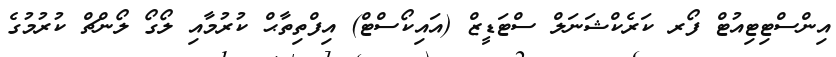
އިންސްޓިޓިއުޓް ފޯރ ކަރެކްޝަނަލް ސްޓަޑީޒް (އައިކޯސްޓް) އިފްތިތާޙް ކުރުމާއި ލޯގޯ ލޯންޗް ކުރުމުގެ